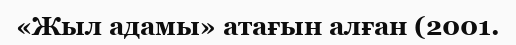
«Жыл адамы» атағын алған (2001.